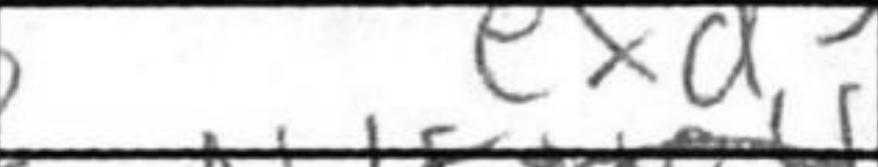
Transcription: exd3